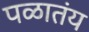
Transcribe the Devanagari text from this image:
पळातंय